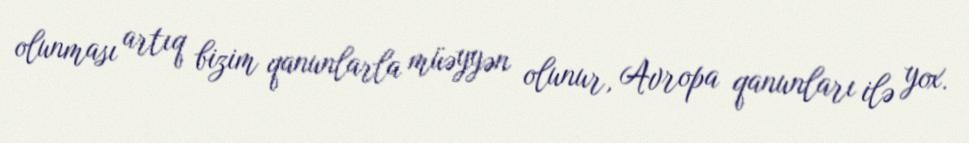
olunması artıq bizim qanunlarla müəyyən olunur, Avropa qanunları ilə yox.